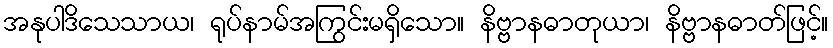
အနုပါဒိသေသာယ၊ ရုပ်နာမ်အကြွင်းမရှိသော။ နိဗ္ဗာနဓာတုယာ၊ နိဗ္ဗာနဓာတ်ဖြင့်။